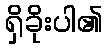
ရှိခိုးပါ၏